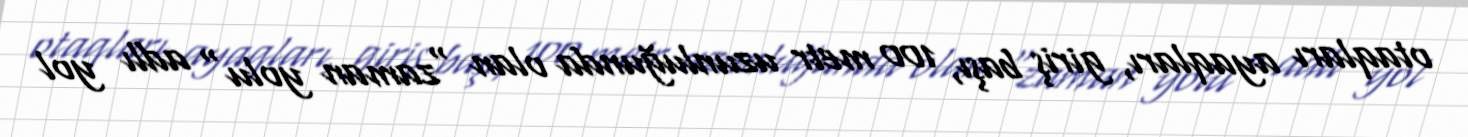
otaqları ayaqları, giriş başı, 100 metr uzunluğunda olan "zaman yolu" adlı yol